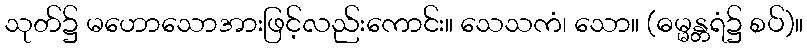
သုတ်၌ မဟောသောအားဖြင့်လည်းကောင်း။ သေသကံ၊ သော။ (ဓမ္မန္တရံ၌ စပ်)။